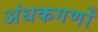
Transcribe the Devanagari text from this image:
अंधकगणों